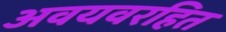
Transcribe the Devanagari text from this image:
अवयवरहित